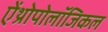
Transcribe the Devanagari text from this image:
ऐंथ्रोपोलॉजिकल